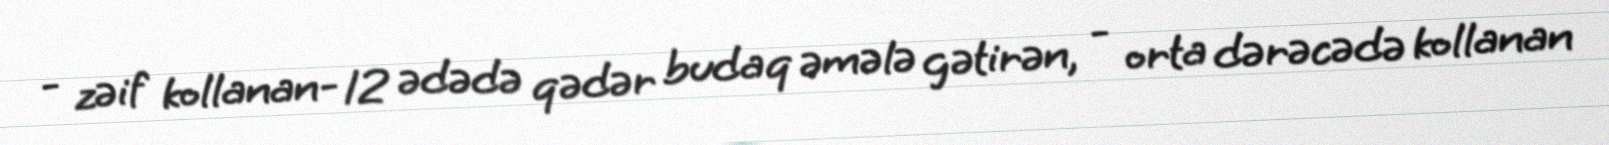
- zəif kollanan- 12 ədədə qədər budaq əmələ gətirən, - orta dərəcədə kollanan